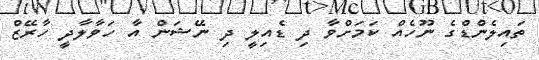
ތައިލެންޑްގެ ނޫހެއް ކަމަށްވާ ދި ޑެއިލީ ދި ނޭޝަން އާ ހަވާލާދީ ހާރޭޒް